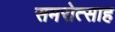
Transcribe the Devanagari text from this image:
समरोत्साह